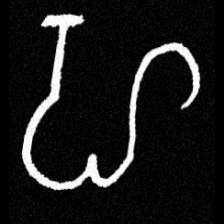
Pyu character \u2014 Myanmar letter: ဟ (romanized: ha)